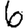
Digit: 6